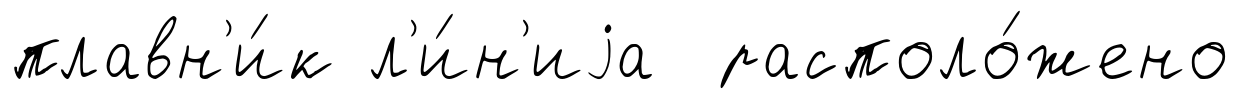
плавн'и́к л'и́н'иjа располо́жено